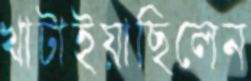
খাটাইয়াছিলেন